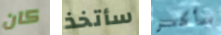
كان سأتخذ سأكسر